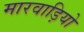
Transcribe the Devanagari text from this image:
मारवाड़ियो